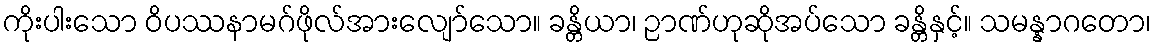
ကိုးပါးသော ဝိပဿနာမဂ်ဖိုလ်အားလျော်သော။ ခန္တိယာ၊ ဉာဏ်ဟုဆိုအပ်သော ခန္တိနှင့်။ သမန္နာဂတော၊